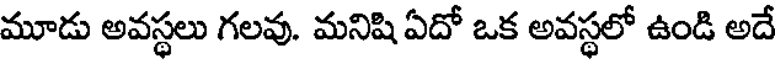
మూడు అవస్థలు గలవు. మనిషి ఏదో ఒక అవస్థలో ఉండి అదే